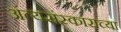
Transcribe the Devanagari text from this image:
अंत्यसंस्काराच्या